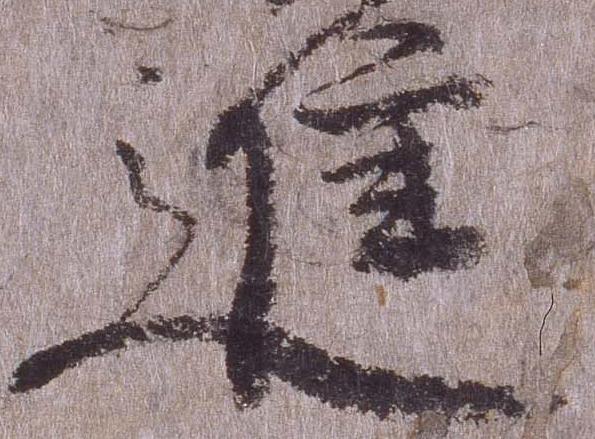
進